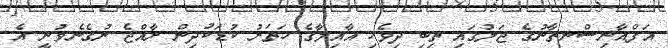
އަފްޣާނިސްނތާނުގެ ޖަލުގައި ތިބި ދިވެހި އާއިލާގެ ހަތަރު ކުޑަކުދިން ރާއްޖެ ނުގެނެވުނީ އެ